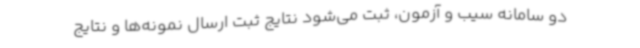
دو سامانه سیب و آزمون، ثبت می‌شود نتایج ثبت ارسال نمونه‌ها و نتایج